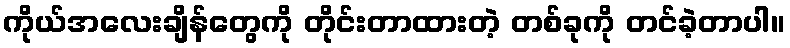
ကိုယ်အလေးချိန်တွေကို တိုင်းတာထားတဲ့ တစ်ခုကို တင်ခဲ့တာပါ။